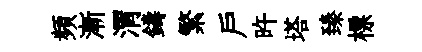
頻漸渭鑄繁戶旿塔臻標